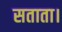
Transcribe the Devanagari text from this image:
सताता।